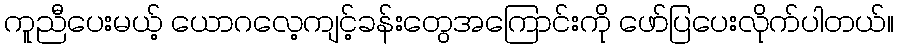
ကူညီပေးမယ့် ယောဂလေ့ကျင့်ခန်းတွေအကြောင်းကို ဖော်ပြပေးလိုက်ပါတယ်။